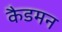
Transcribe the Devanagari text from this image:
कैडमन